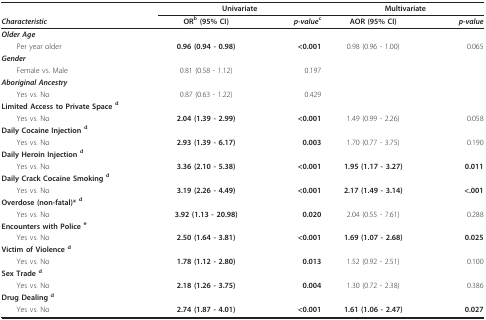
|  | <COLSPAN=2> Univariate | <COLSPAN=2> Multivariate |
 | Characteristic | ORb (95% CI) | p-valuec | AOR (95% CI) | p-value |
 | --- | --- | --- | --- | --- |
 | Older Age |  |  |  |  |
 | Per year older | 0.96 (0.94 - 0.98) | <0.001 | 0.98 (0.96 - 1.00) | 0.065 |
 | Gender |  |  |  |  |
 | Female vs. Male | 0.81 (0.58 - 1.12) | 0.197 |  |  |
 | Aboriginal Ancestry |  |  |  |  |
 | Yes vs. No | 0.87 (0.63 - 1.22) | 0.429 |  |  |
 | Limited Access to Private Space d |  |  |  |  |
 | Yes vs. No | 2.04 (1.39 - 2.99) | <0.001 | 1.49 (0.99 - 2.26) | 0.058 |
 | Daily Cocaine Injection d |  |  |  |  |
 | Yes vs. No | 2.93 (1.39 - 6.17) | 0.003 | 1.70 (0.77 - 3.75) | 0.190 |
 | Daily Heroin Injection d |  |  |  |  |
 | Yes vs. No | 3.36 (2.10 - 5.38) | <0.001 | 1.95 (1.17 - 3.27) | 0.011 |
 | Daily Crack Cocaine Smoking d |  |  |  |  |
 | Yes vs. No | 3.19 (2.26 - 4.49) | <0.001 | 2.17 (1.49 - 3.14) | <.001 |
 | Overdose (non-fatal)* d |  |  |  |  |
 | Yes vs. No | 3.92 (1.13 - 20.98) | 0.020 | 2.04 (0.55 - 7.61) | 0.288 |
 | Encounters with Police e |  |  |  |  |
 | Yes vs. No | 2.50 (1.64 - 3.81) | <0.001 | 1.69 (1.07 - 2.68) | 0.025 |
 | Victim of Violence d |  |  |  |  |
 | Yes vs. No | 1.78 (1.12 - 2.80) | 0.013 | 1.52 (0.92 - 2.51) | 0.100 |
 | Sex Trade d |  |  |  |  |
 | Yes vs. No | 2.18 (1.26 - 3.75) | 0.004 | 1.30 (0.72 - 2.38) | 0.386 |
 | Drug Dealing d |  |  |  |  |
 | Yes vs. No | 2.74 (1.87 - 4.01) | <0.001 | 1.61 (1.06 - 2.47) | 0.027 |